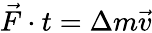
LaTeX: {\vec{F}}\cdot t=\Delta m{\vec{v}}